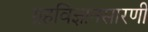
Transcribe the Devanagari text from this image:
ग्रहविज्ञानसारणी